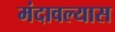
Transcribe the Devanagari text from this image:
मंदावल्यास